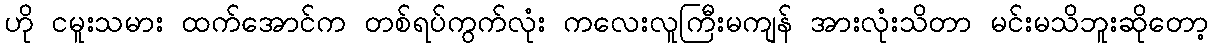
ဟို ငမူးသမား ထက်အောင်က တစ်ရပ်ကွက်လုံး ကလေးလူကြီးမကျန် အားလုံးသိတာ မင်းမသိဘူးဆိုတော့